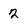
Character: 2